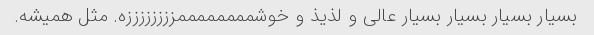
بسیار بسیار بسیار بسیار عالی و لذیذ و خوشممممممممززززززززه. مثل همیشه.